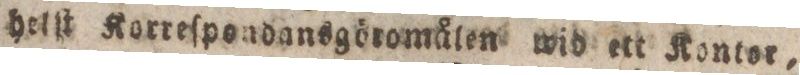
helſt Korreſpondansgöromålen wid ett Kontor,